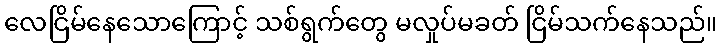
လေငြိမ်နေသောကြောင့် သစ်ရွက်တွေ မလှုပ်မခတ် ငြိမ်သက်နေသည်။